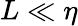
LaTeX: L\ll\eta